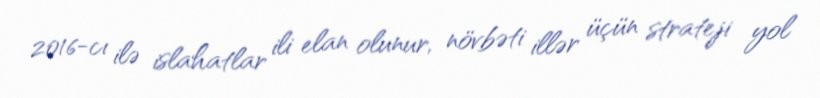
2016-cı ilə islahatlar ili elan olunur, növbəti illər üçün strateji yol